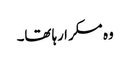
وہ مسکرا رہا تھا۔